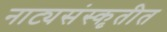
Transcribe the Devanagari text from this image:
नाट्यसंस्कृतीत